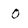
Character: O